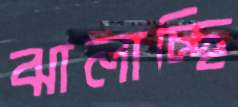
ঝালাচ্ছি